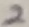
Text: 2